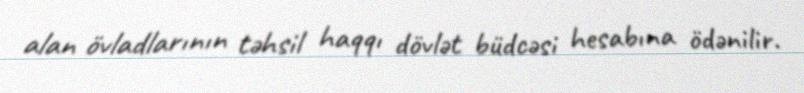
alan övladlarının təhsil haqqı dövlət büdcəsi hesabına ödənilir.